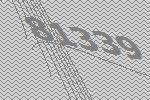
81339